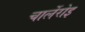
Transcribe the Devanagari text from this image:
चार्लेरोइ